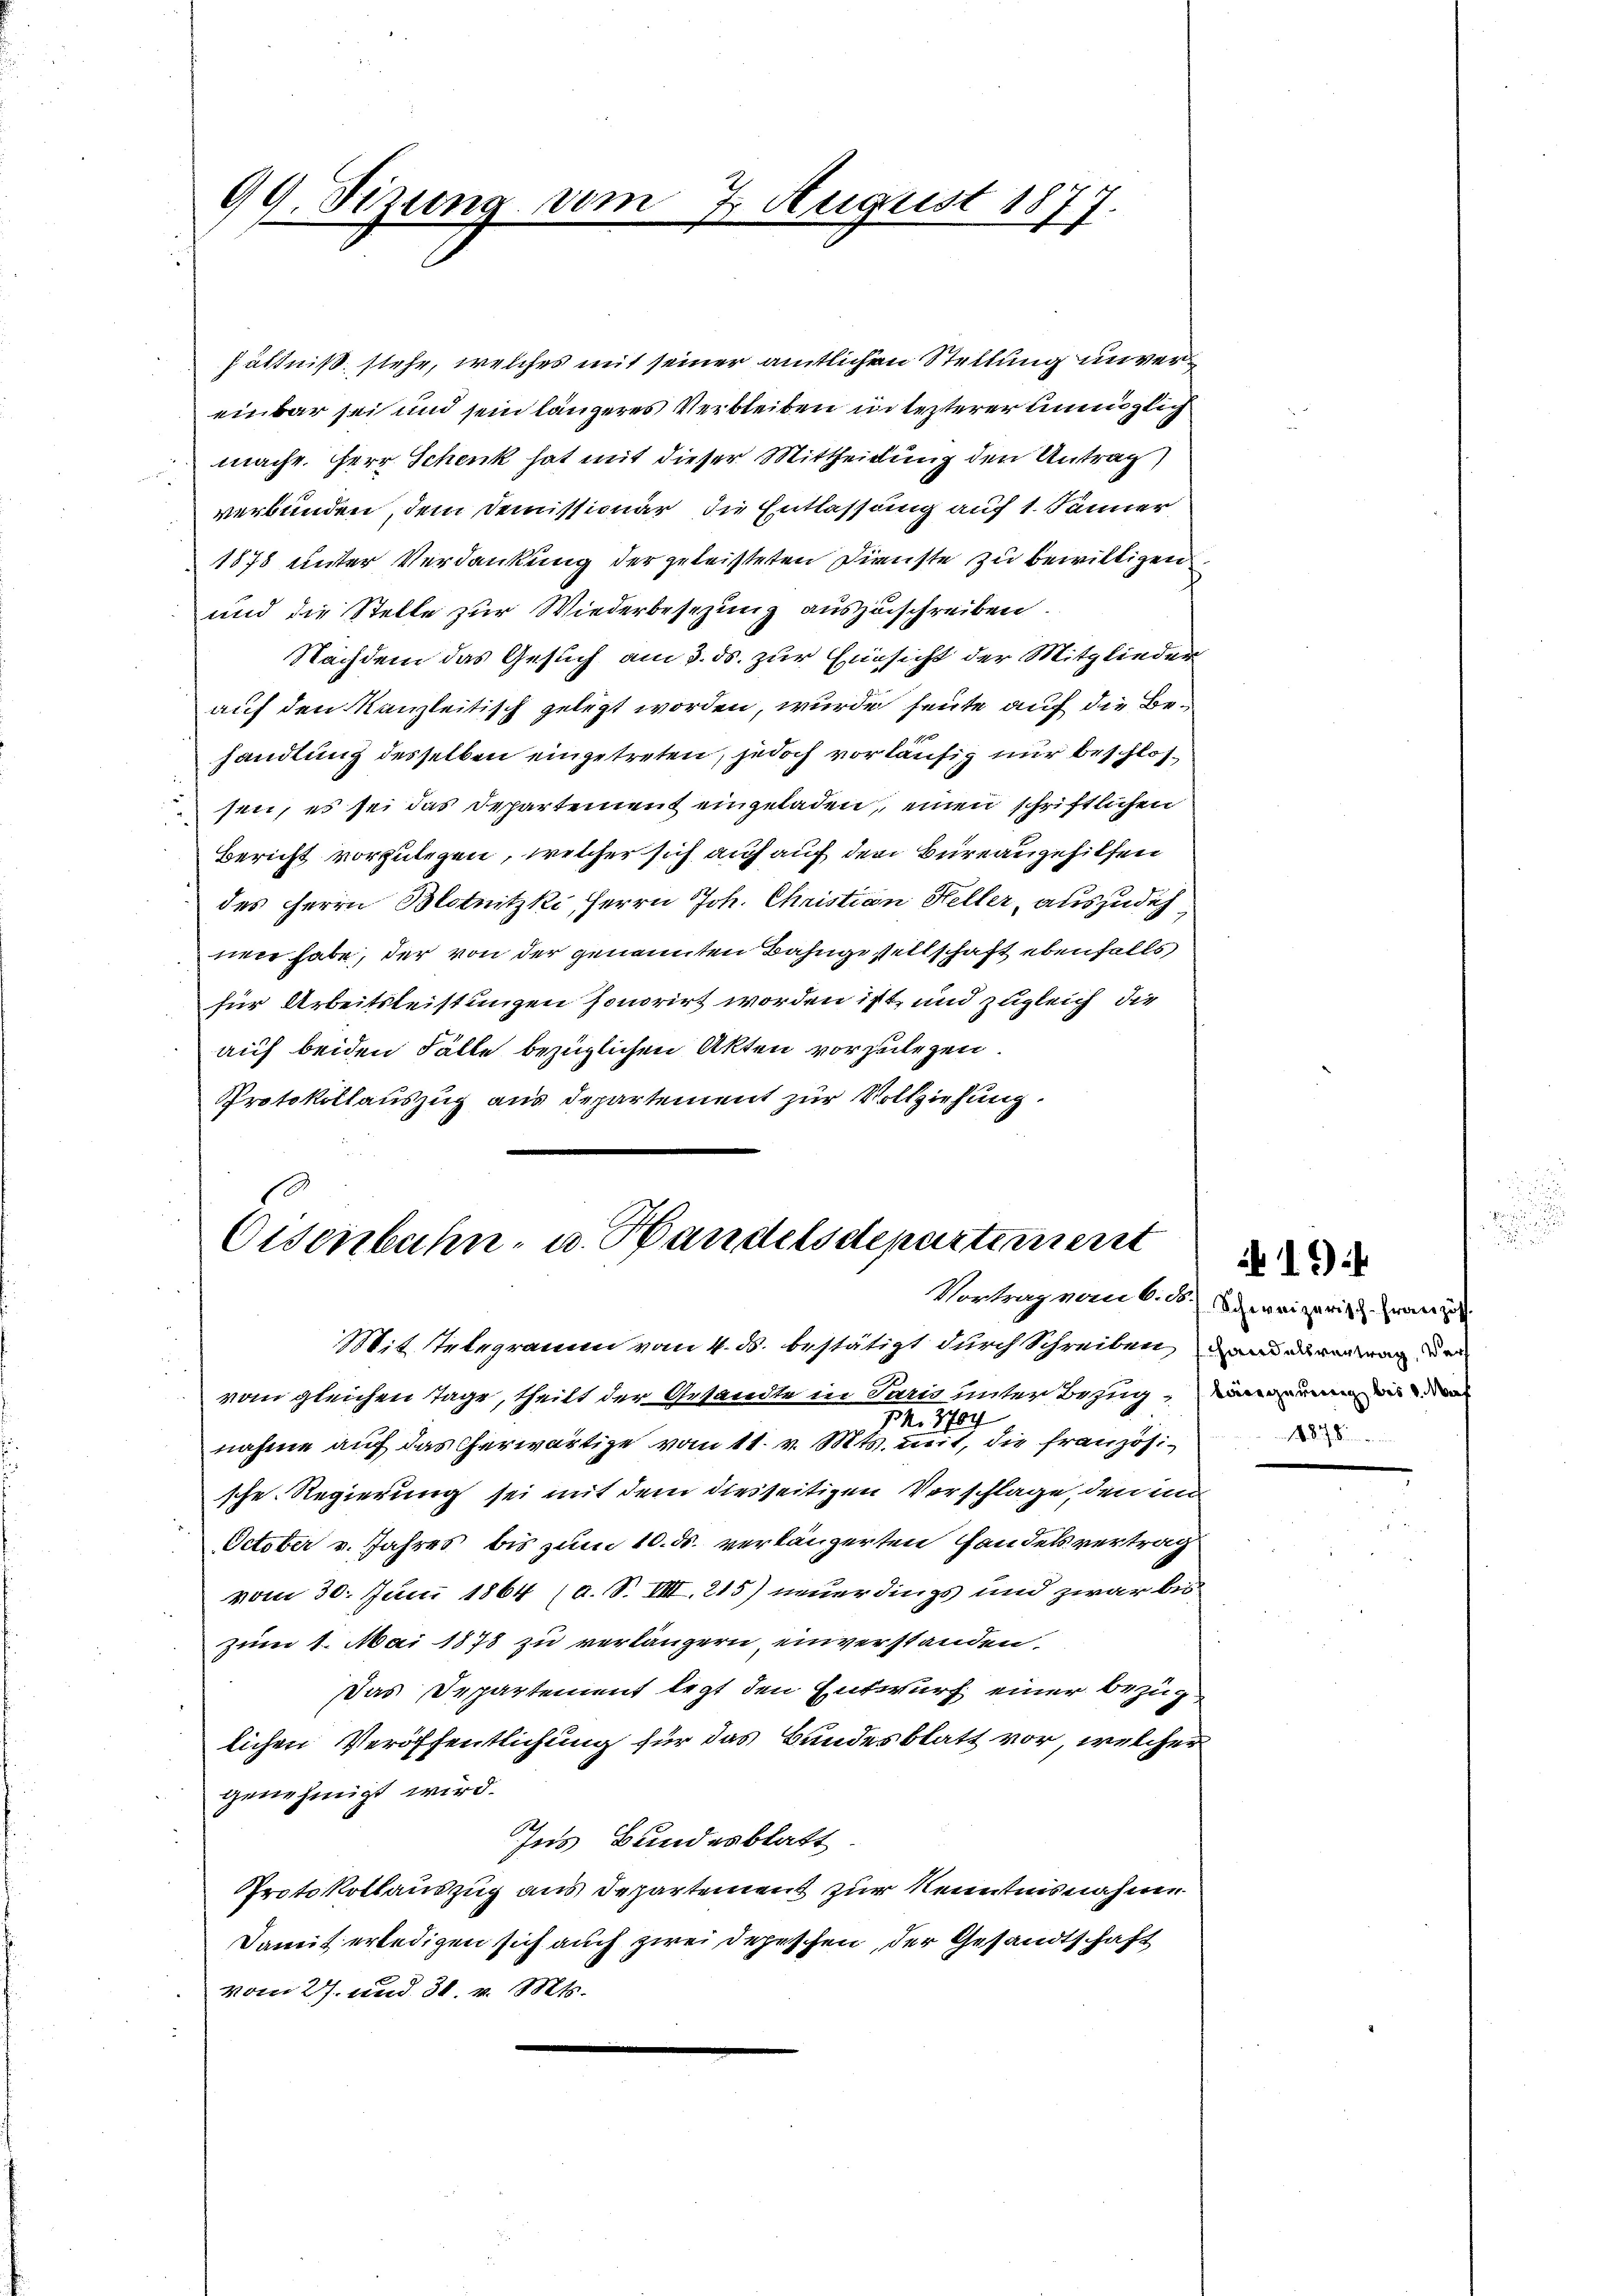
99. Sizung vom
7. August 1877.

hältniß stehe, welches mit seiner amtlichen Stellung unvereinbar sei und sein längeres Verbleiben in lezterer unmöglich
mache. Herr Schenk hat mit dieser Mittheilung den Antrag
verbunden, dem Demissionär die Entlassung auf 1. Jänner
1878 unter Verdankung der geleisteten Dienste zu bewilligen
und die Stelle zur Wiederbesezung auszuschreiben.
Nachdem das Gesuch am 3. ds. zur Einsicht der Mitglieder
auf den Kanzleitisch gelegt worden, wurde heute auf die Behandlung desselben eingetreten, jedoch vorläufig nur beschlossen, es sei das Departement eingeladen, einen schriftlichen
Bericht vorzulegen, welcher sich auf auf den Büreaugehilfen
des Herrn Blotnitzki, Herrn Joh. Christian Heller, auszudich
nen habe, der von der genannten Bahngesellschaft ebenfalls
für Arbeitsleistungen honorirt worden ist, und zugleich die
auf beiden Fälle bezüglichen Akten vorzulegen.
Protokollauszug aus Departement zur Vollziehung.

Eisenbahn- u. Handelsdepartement

Mit Telegramm vom 4. ds. bestätigt durch Schreiben und eingen an der
vom gleichen Tage, theilt der Gesandte in Paris unter Bezug,
1. 8704
nahme auf das Cherwärtige vom 11. v. Mts. mit, die französische Regierung sei mit dem diesseitigen Vorschlage, den un
October v. Jahres bis zum 10. ds. verlängerten Handelsvertrag
vom 30. Juni 1864 (a. S. VIII. 215) neuerdings und zwar bis
zum 1. Mai 1878 zu verlängern, einverstanden.
Das Departement legt den Entwurf einer Bezug
lichen Veröffentlichung für das Bundesblatt vor, welcher
genehmigt wird.
Ins Bundesblatt
Protokollauszug aus Departement zur Kenntnisnahme
Damit erledigen sich auch zwei Depeschen, der Gesandtschaft
vom 27. und 31. v. Mts.

Vortrag vom 6. d. Schweizerisch-Französ.
1878

1.)

r